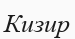
Кизир